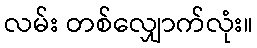
လမ်း တစ်လျှောက်လုံး။